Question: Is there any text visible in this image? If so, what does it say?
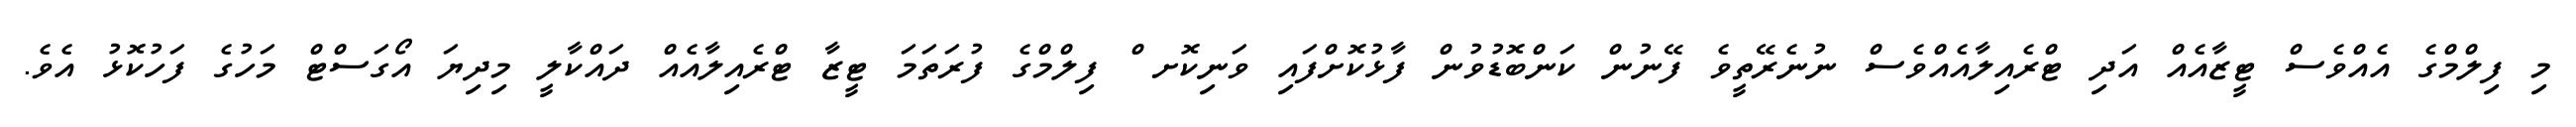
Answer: މި ފިލްމްގެ އެއްވެސް ޓީޒާއެއް އަދި ޓްރެއިލާއެއްވެސް ނުނެރޭތީވެ ފޭނުން ކަންބޮޑުވުން ފާޅުކޮށްފައި ވަނިކޮށ ް ފިލްމްގެ ފުރަތަމަ ޓީޒާ ޓްރެއިލާއެއް ދައްކާލީ މިދިޔަ އޯގަސްޓް މަހުގެ ފަހުކޮޅު އެވެ.